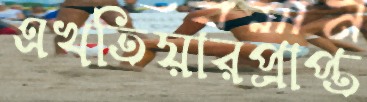
এখতিয়ারপ্রাপ্ত